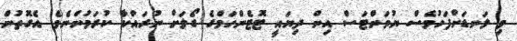
މި ލަނޑަށްފަހުވެސް ޔުވަންޓަސް އިން ދިޔައީ ޓޮޓެންހަމްގެ ގޯލަށް ނުރައްކާ ކުރަމުންނެވެ. އެގޮތުން